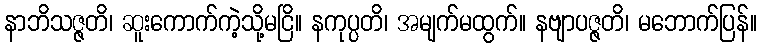
နာဘိသဇ္ဇတိ၊ ဆူးကောက်ကဲ့သို့မငြိ။ နကုပ္ပတိ၊ အမျက်မထွက်။ နဗျာပဇ္ဇတိ၊ မဘောက်ပြန်။